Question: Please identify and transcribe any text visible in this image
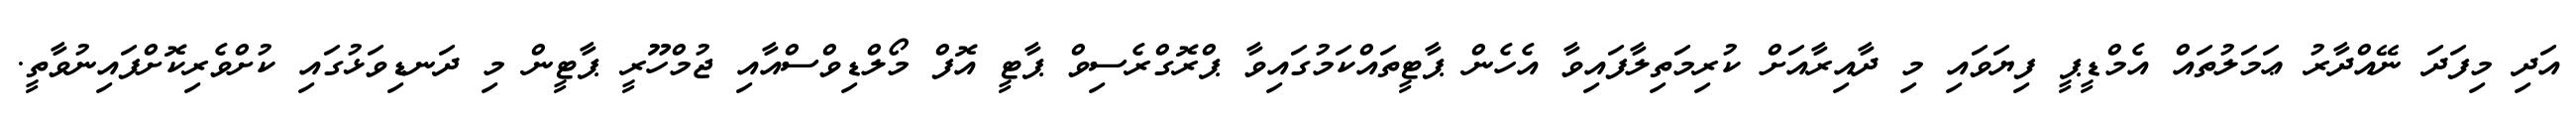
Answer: އަދި މިފަދަ ނޭއްދާރު ޢަމަލުތައް އެމްޑީޕީ ފިޔަވައި މި ދާއިރާއަށް ކުރިމަތިލާފައިވާ އެހެން ޕާޓީތައްކަމުގައިވާ ޕްރޮގްރެސިވް ޕާޓީ އޮފް މޯލްޑިވްސްއާއި ޖުމްހޫރީ ޕާޓީން މި ދަނޑިވަޅުގައި ކުށްވެރިކޮށްފައިނުވާތީ.